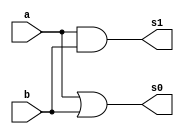
//-------------------------------------
//Exemplo0032 - operao selecionvel
//Nome: Mateus Guilherme do Carmo Cruz
//Matrcula: 427446
//-------------------------------------


module f4selectable (output [3:0] s0, output [3:0] s1, input [3:0]a, input [3:0]b);
	assign s0 = a | b;
	assign s1 = a & b;
endmodule //f4 selectable

module chave(s,a,b,sinal);
	input [3:0]a;
	input [3:0]b;
	input sinal;
	output [3:0]s;
	reg [3:0]s;
	
	always @(a or b or sinal)
	
	begin
		if(~sinal)
			s = a;
		else
			s = b;
	end
endmodule

module test_f4selectable;
	//definir dados
	reg [3:0] a;
	reg [3:0] b;
	reg chave;
	wire [3:0] w0;
	wire [3:0] w1;
	wire [3:0] s;
	
	//instancia
	f4selectable f4s1(w0,w1,a,b);
	chave chave1(s,w0,w1, chave);
	
	//valor inicial
	initial begin
		a = 4'b0000;
		b = 4'b0000;
		chave = 0;
	end
	
	//parte principal
	initial begin
		$display("Exemplo0032 - Mateus Guilherme do Carmo Cruz - 427446");
		$display("LU selectable - running tests");
		$display("chave	\t a   (| ou &)   b = s");
		$monitor("%b	\t %4b or/and %4b = %4b", chave,a,b,s);
		#1 chave = 1;
		#1 a = 4'b0000; b = 4'b0001; chave = 0;
		#1 chave = 1;
		
		#1 chave = 1;
		#1 a = 4'b1001; b = 4'b0010; chave = 0;
		#1 chave = 1;
		
		#1 chave = 1;
		#1 a = 4'b0101; b = 4'b0011; chave = 0;
		#1 chave = 1;
		
		#1 chave = 1;
		#1 a = 4'b1101; b = 4'b0100; chave = 0;
		#1 chave = 1;
		
		#1 chave = 1;
		#1 a = 4'b0011; b = 4'b0101; chave = 0;
		#1 chave = 1;
		
		#1 chave = 1;
		#1 a = 4'b1100; b = 4'b0110; chave = 0;
		#1 chave = 1;
		
		#1 chave = 1;
		#1 a = 4'b1111; b = 4'b0111; chave = 0;
		#1 chave = 1;
	end
	
endmodule //teste_f4selectable